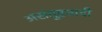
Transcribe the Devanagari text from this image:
असंतुष्टवादी